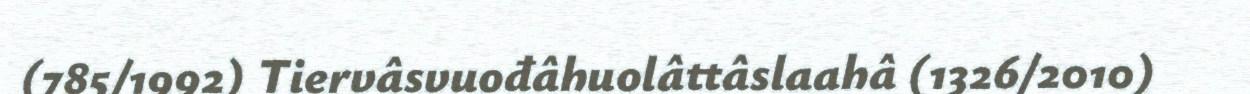
(785/1992) Tiervâsvuođâhuolâttâslaahâ (1326/2010)